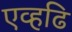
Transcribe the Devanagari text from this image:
एव्हढि